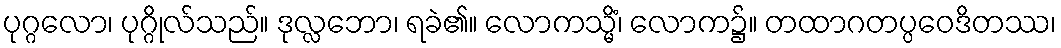
ပုဂ္ဂလော၊ ပုဂ္ဂိုလ်သည်။ ဒုလ္လဘော၊ ရခဲ၏။ လောကသ္မိံ၊ လောက၌။ တထာဂတပ္ပဝေဒိတဿ၊